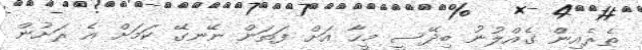
ތެރެއިން ގެއްލުނު ބިދޭސީ މީހާ އަށް ފަތަން ނޭނގޭ ކަމަށް އެ ރަށުން